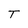
Character: T